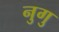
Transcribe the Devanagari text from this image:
नुगु